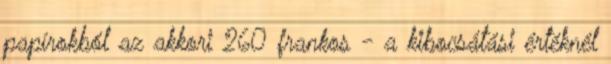
papírokból az akkori 260 frankos - a kibocsátási értéknél